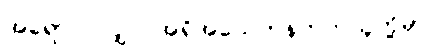
အရောဝင်လျှင် အရိုအသေတန်တတ်သူတို့မှာ